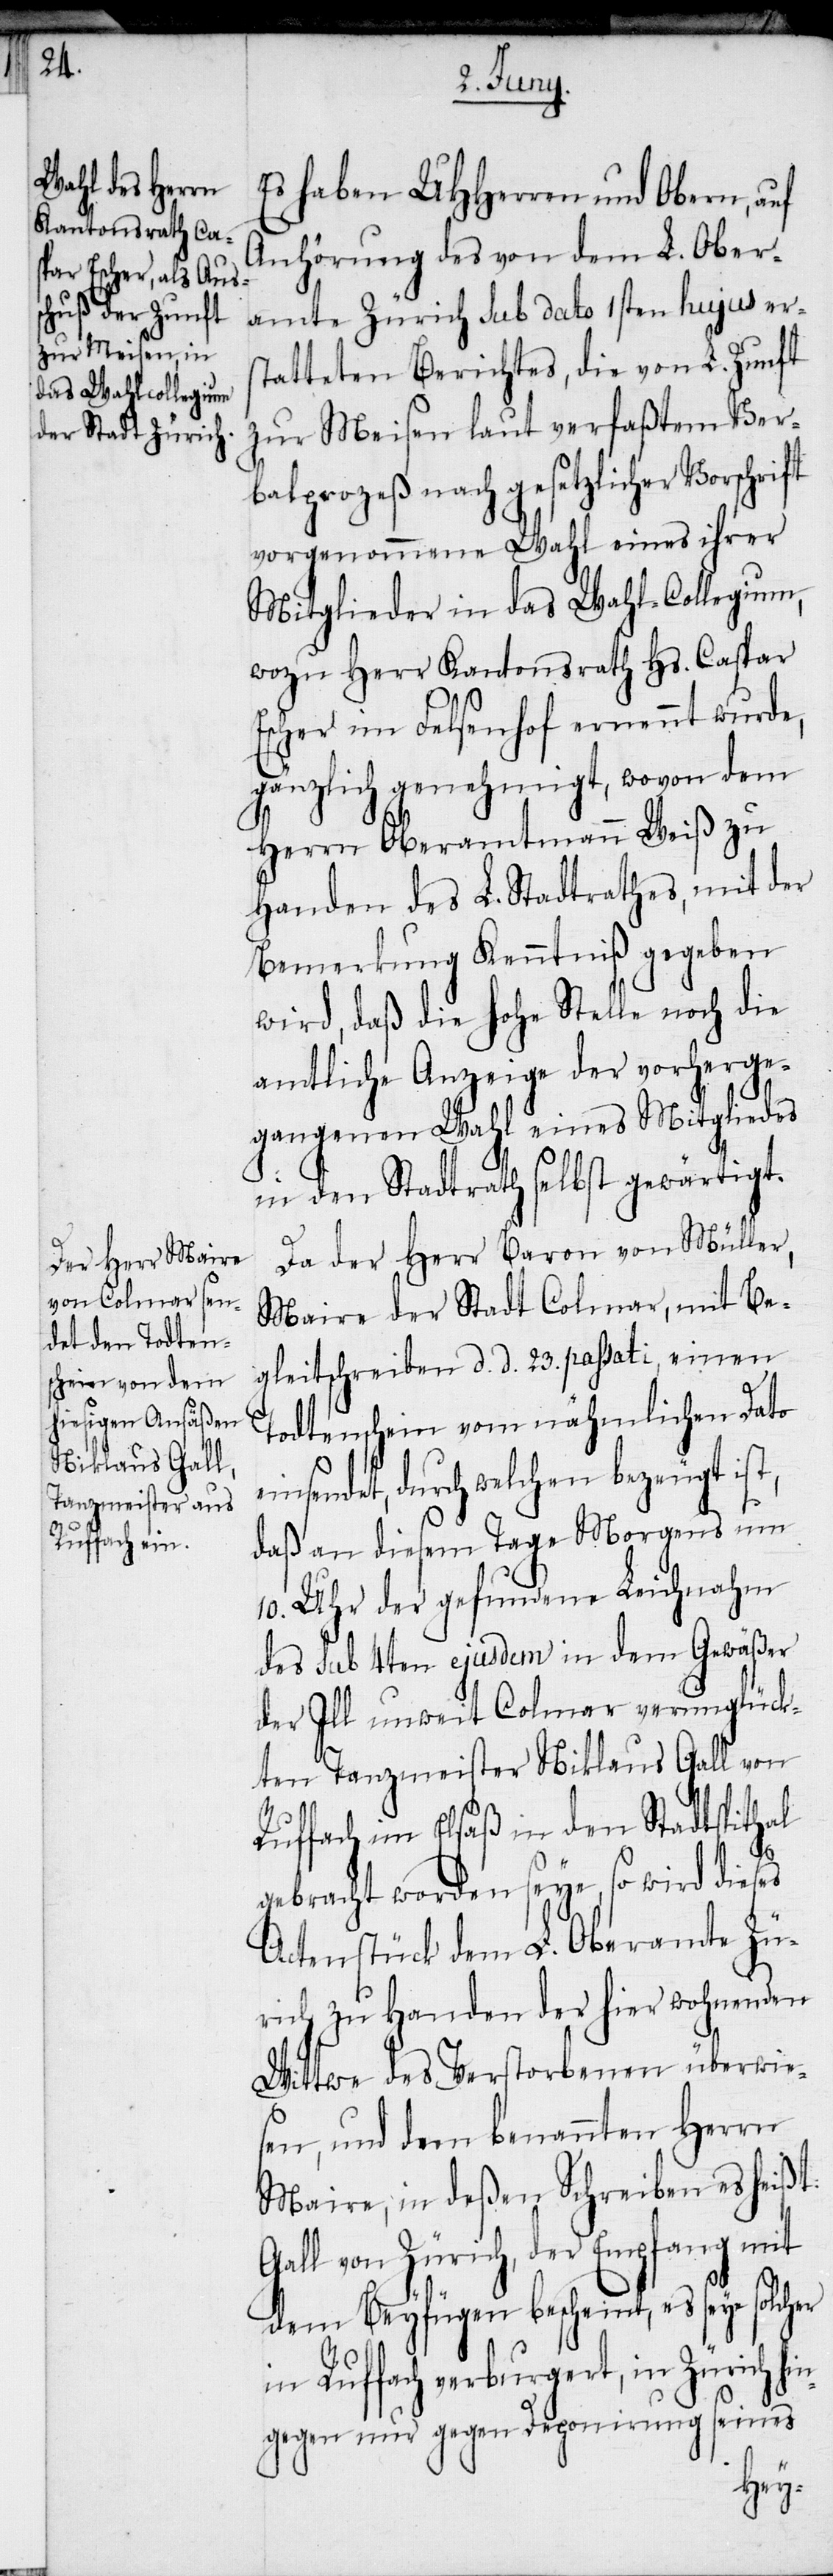
das Wahl-Collegium,

Es haben UHHerren und Obern, auf
Anhörung des von dem L. Ober¬
amte Zürich sub dato 1sten hujus ers¬
tatteten Berichtes, die von L. Zunft
zur Meisen laut verfaßtem Ver¬
balprozeß nach gesetzlicher Vorschrift
vorgenommene Wahl eines ihrer
wozu Herr Kantonsrath Hs. Caspar
Escher im Felsenhof ernennt wurde,
gänzlich genehmigt, wovon dem
Herrn Oberamtmann Weiß zu
Handen des L. Stadtrathes, mit der
Bemerkung Kenntniß gegeben
wird, daß die hohe Stelle noch die
amtliche Anzeige der vorherge¬
gangenen Wahl eines Mitgliedes
in den Stadtrath selbst gewärtigt.
Da der Herr Baron von Müller,
Maire der Stadt Colmar, mit Be¬
gleitschreiben d. d. 23. passati, einen
Todtenschein vom nähmlichen Dato
einsendet, durch welchen bezeugt ist,
daß an diesem Tage Morgens um
10. Uhr der gefundene Leichnahm
des sub 4ten ejusdem in dem Gewäßer
der Ill unweit Colmar verunglück¬
ten Tanzmeister Niklaus Gall von
Ruffach im Elsaß in den Stadtspithal
gebracht worden seye, so wird dieses
Actenstück dem L. Oberamte Zü¬
rich zu Handen der hier wohnenden
Wittwe des Verstorbenen überwie¬
sen, und dem benannten Herrn
Maire, in deßen Schreiben es heißt:
Gall von Zürich, der Empfang mit
dem Beyfügen bescheint, es seye solcher
in Ruffach verburgert, in Zürich
gegen nur gegen Deponirung seines
hin¬